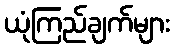
ယုံကြည်ချက်များ